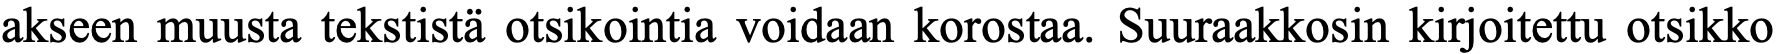
akseen muusta tekstistä otsikointia voidaan korostaa. Suuraakkosin kirjoitettu otsikko